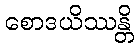
စောဒယိဿန္တိ